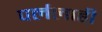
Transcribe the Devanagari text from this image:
पर्ललाही